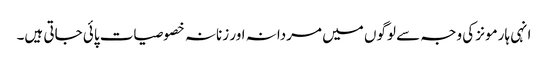
انہی ہارمونز کی وجہ سے لوگوں میں مردانہ اور زنانہ خصوصیات پائی جاتی ہیں۔